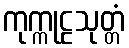
ကုက္ကုဠသုတ္တံ